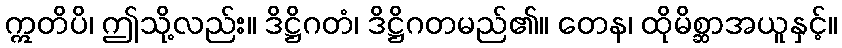
ဣတိပိ၊ ဤသို့လည်း။ ဒိဋ္ဌိဂတံ၊ ဒိဋ္ဌိဂတမည်၏။ တေန၊ ထိုမိစ္ဆာအယူနှင့်။